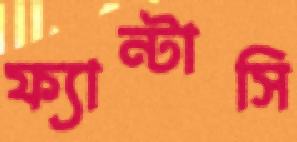
ফ্যান্টাসি